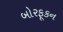
બોરફૂકન